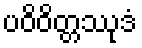
ပဝိဝိတ္တဿုဒံ